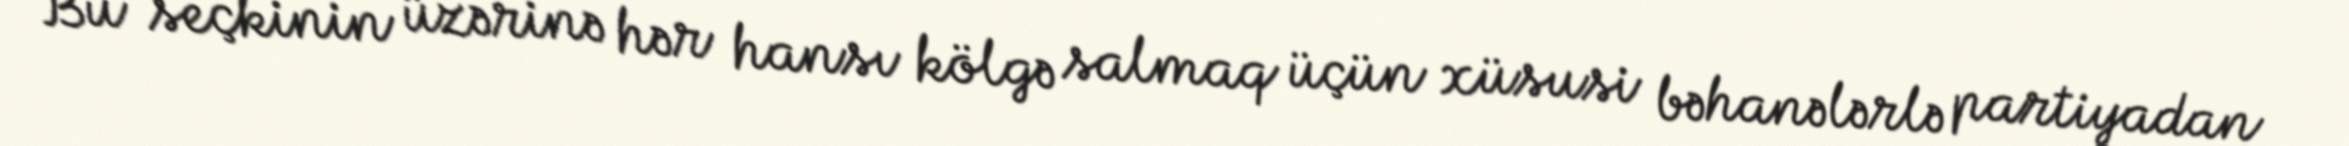
Bu seçkinin üzərinə hər hansı kölgə salmaq üçün xüsusi bəhanələrlə partiyadan